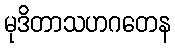
မုဒိတာသဟဂတေန